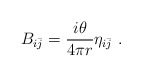
\begin{align*}B_{i\bar{j}} = \frac{i\theta}{4\pi r} \eta_{i\bar{j}}\ .\end{align*}